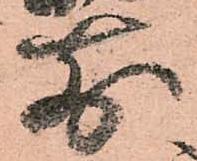
前